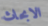
الابحاث